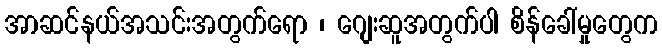
အာဆင်နယ်အသင်းအတွက်ရော ၊ ဂျေးဆူအတွက်ပါ စိန်ခေါ်မှုတွေက